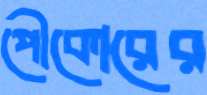
পৌকোরের